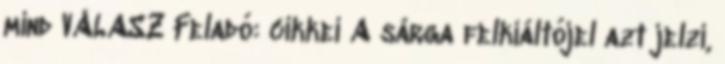
mind VÁLASZ Feladó: cikkei A sárga felkiáltójel azt jelzi,